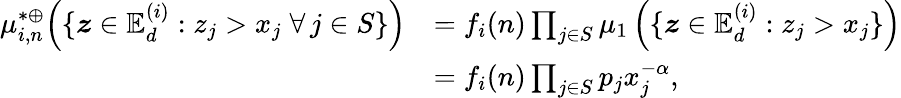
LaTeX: \begin{array}{rl}{\mu_{i,n}^{*\oplus}\Big(\{ \boldsymbol z\in\mathbb{E}_{d}^{(i)}:z_{j}>x_{j}\; \forall\, j\in S\} \Big)}&{=f_{i}(n)\prod_{j\in S}\mu_{1}\left(\{ \boldsymbol z\in\mathbb{E}_{d}^{(i)}:z_{j}>x_{j}\} \right)}\\ &{=f_{i}(n)\prod_{j\in S}{p_{j}}x_{j}^{-\alpha},}\end{array}